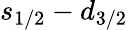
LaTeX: s_{1/2}-d_{3/2}